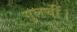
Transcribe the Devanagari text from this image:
गुलचीं।